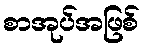
စာအုပ်အဖြစ်